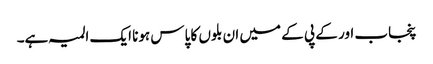
پنجاب اور کے پی کے میں ان بلوں کا پاس ہونا ایک المیہ ہے۔